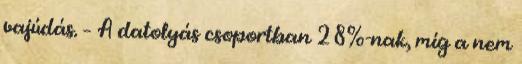
vajúdás. – A datolyás csoportban 28%-nak, míg a nem